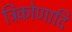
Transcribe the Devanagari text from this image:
त्रिकोणादि